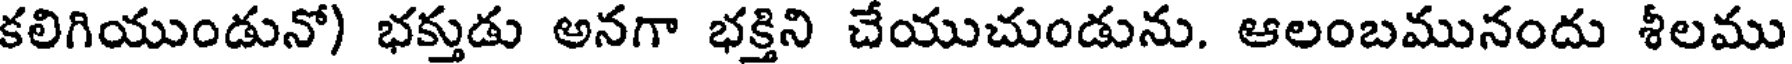
కలిగియుండునో) భక్తుడు అనగా భక్తిని చేయుచుండును. ఆలంబమునందు శీలము